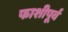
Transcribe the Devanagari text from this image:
फाशीपूर्व